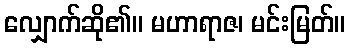
လျှောက်ဆို၏။ မဟာရာဇ၊ မင်းမြတ်။